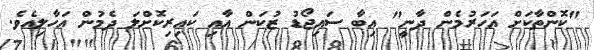
"ކޮންތާކަށް އަހަރުމެން ދާނީ" އިބާ ސައިޖޯޑު ޒުކަން އާއި ކައިރިކޮށްލަ ދެމުން އަހާލިއެވެ.